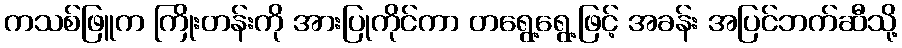
ကသစ်ဖြူက ကြိုးတန်းကို အားပြုကိုင်ကာ တရွေ့ရွေ့ဖြင့် အခန်း အပြင်ဘက်ဆီသို့